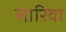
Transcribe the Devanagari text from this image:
सारिवा